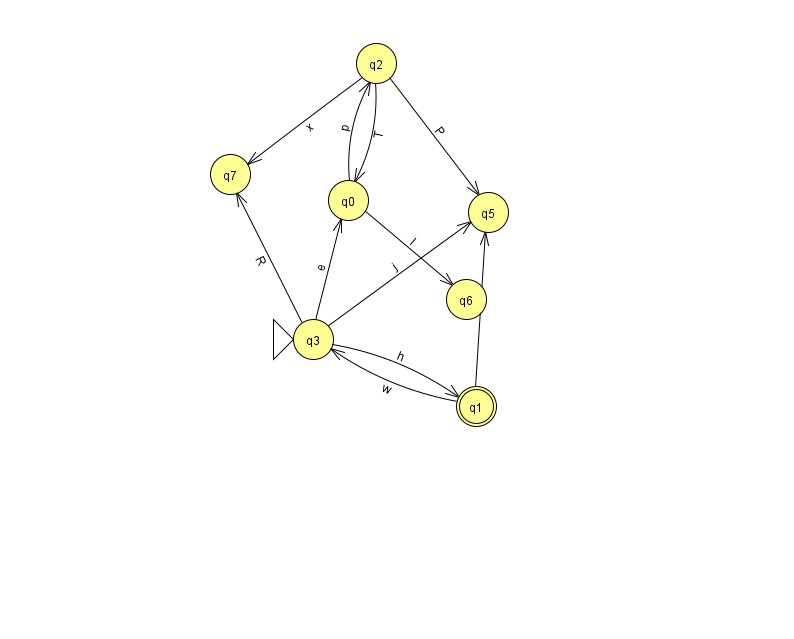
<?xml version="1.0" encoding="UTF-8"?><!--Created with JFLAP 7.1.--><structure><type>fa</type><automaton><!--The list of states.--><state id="0" name="q0"><x>348.0</x><y>187.0</y></state><state id="1" name="q1"><x>476.0</x><y>393.0</y><final/></state><state id="2" name="q2"><x>376.0</x><y>50.0</y></state><state id="3" name="q3"><x>313.0</x><y>326.0</y><initial/></state><state id="5" name="q5"><x>488.0</x><y>199.0</y></state><state id="6" name="q6"><x>466.0</x><y>286.0</y></state><state id="7" name="q7"><x>230.0</x><y>161.0</y></state><!--The list of transitions.--><transition><from>0</from><to>6</to><read>l</read></transition><transition><from>2</from><to>0</to><read>T</read></transition><transition><from>2</from><to>5</to><read>P</read></transition><transition><from>3</from><to>0</to><read>e</read></transition><transition><from>2</from><to>7</to><read>x</read></transition><transition><from>0</from><to>2</to><read>p</read></transition><transition><from>3</from><to>1</to><read>h</read></transition><transition><from>1</from><to>3</to><read>w</read></transition><transition><from>1</from><to>5</to><read>f</read></transition><transition><from>3</from><to>5</to><read>j</read></transition><transition><from>3</from><to>7</to><read>R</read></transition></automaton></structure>